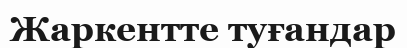
Жаркентте туғандар